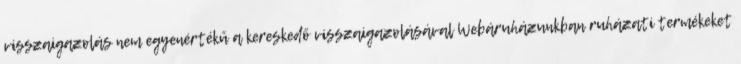
visszaigazolás nem egyenértékű a kereskedő visszaigazolásával Webáruházunkban ruházati termékeket